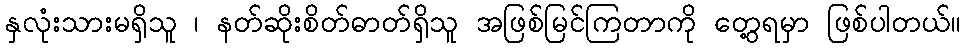
နှလုံးသားမရှိသူ ၊ နတ်ဆိုးစိတ်ဓာတ်ရှိသူ အဖြစ်မြင်ကြတာကို တွေ့ရမှာ ဖြစ်ပါတယ်။